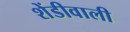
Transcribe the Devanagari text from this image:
शेंडीवाली